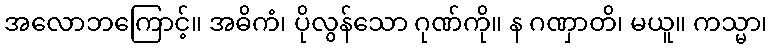
အလောဘကြောင့်။ အဓိကံ၊ ပိုလွန်သော ဂုဏ်ကို။ န ဂဏှာတိ၊ မယူ။ ကသ္မာ၊